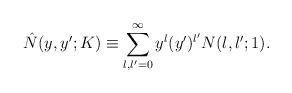
LaTeX: \begin{align*}\hat{N}(y,y';K)\equiv \sum_{l,l'=0}^\infty y^l(y')^{l'}N(l,l';1).\end{align*}